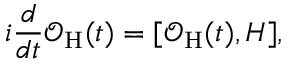
i \frac { d } { d t } \mathcal { O } _ { \mathrm { H } } ( t ) = [ \mathcal { O } _ { \mathrm { H } } ( t ) , H ] ,